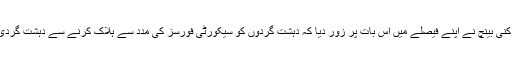
جسٹس آصف سعید کھوسہ پر مشتمل تین رکنی بینچ نے اپنے فیصلے میں اس بات پر زور دیا کہ دہشت گردوں کو سیکورٹی فورسز کی مدد سے ہلاک کرنے سے دہشت گردی کے عفریت کو ختم نہیں کیا جا سکتا ہے۔